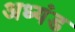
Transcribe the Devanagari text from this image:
अध्यंड